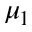
\mu _ { 1 }